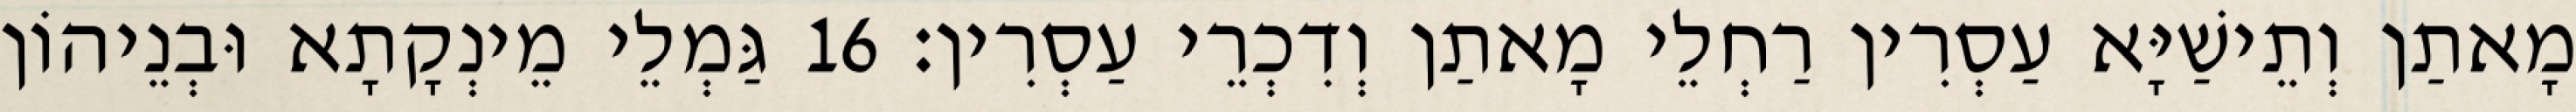
מָאתַן וְתֵישַׁיָּא עַסְרִין רַחְלֵי מָאתַן וְדִכְרֵי עַסְרִין׃ 16 גַּמְלֵי מֵינְקָתָא וּבְנֵיהוֹן